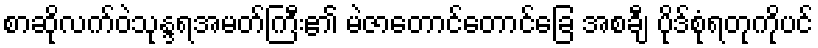
စာဆိုလက်ဝဲသုန္ဒရအမတ်ကြီး၏ မဲဇာတောင်တောင်ခြေ အစချီ ပိုဒ်စုံရတုကိုပင်